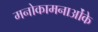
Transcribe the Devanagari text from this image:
मनोकामनाओंके